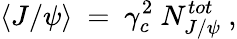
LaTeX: \langle J/\psi\rangle~=~\gamma_{c}^{2}~N_{J/\psi}^{tot}~,